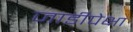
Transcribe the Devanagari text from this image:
जाडीपेक्षा